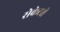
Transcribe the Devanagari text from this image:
सेकेटरी